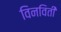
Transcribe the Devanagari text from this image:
विनविती